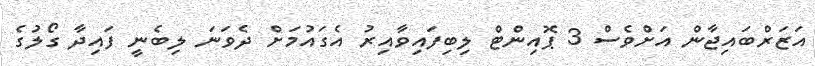
އަޒަރްބައިޖާން އަށްވެސް 3 ޕޮއިންޓް ލިބިފައިވާއިރު އެގައުމަށް ދެވަނަ ލިބެނީ ފައިދާ ގޯލުގެ